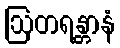
ဩတရန္တာနံ